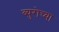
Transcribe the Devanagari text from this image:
ब्युरोच्या